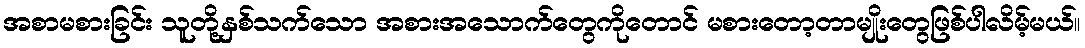
အစာမစားခြင်း သူတို့နှစ်သက်သော အစားအသောက်တွေကိုတောင် မစားတော့တာမျိုးတွေဖြစ်ပါလိမ့်မယ်။